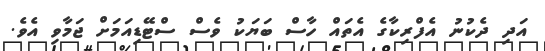
އަދި ދެކުނު އެފްރިކާގެ އެތައް ހާސް ބަޔަކު ވެސް ސްޓޭޑިއަމަށް ޖަމާވި އެވެ.